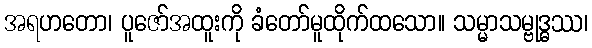
အရဟတော၊ ပူဇော်အထူးကို ခံတော်မူထိုက်ထသော။ သမ္မာသမ္ဗုဒ္ဓဿ၊